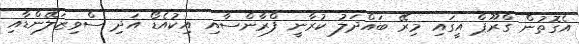
އެގޮތުން ގްރޫޕް އީގައި މިރޭ ބައްދަލު ކުރާނީ ފްރާންސާއި އިކުއެޑޯ އަދި ސްވިޒަލޭންޑާއި